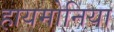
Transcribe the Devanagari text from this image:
हायमोनिया